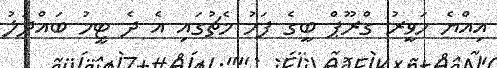
އިއްޔެ ހަވީރު ގްރޫޕް ބީގެ ފަހު މެޗުގައި އެ ދެ ޓީމު ބައްދަލު